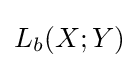
L_{b}(X;Y)